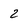
Character: 2